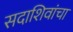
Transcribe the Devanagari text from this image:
सदाशिवांचा